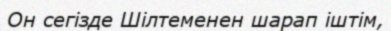
Он сегізде Шілтеменен шарап іштім,